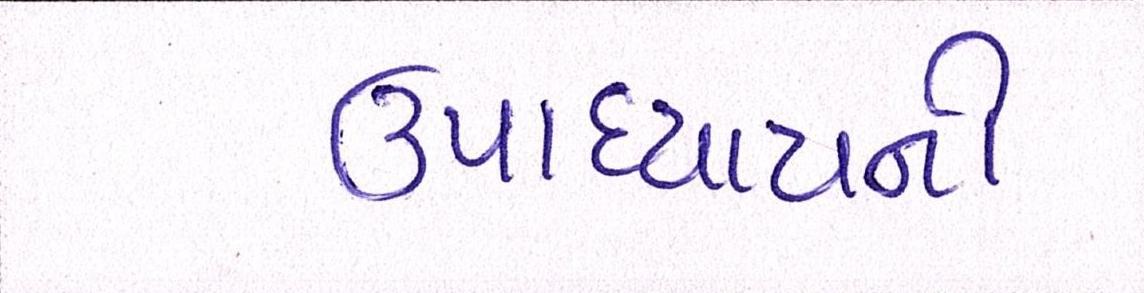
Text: ઉપાધ્યાયની